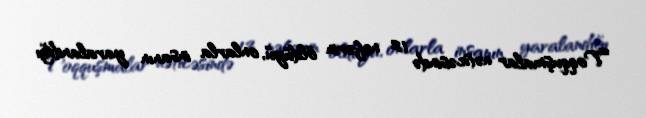
Toqquşmalar nəticəsində 12 nəfərin öldüyü, onlarla insanın yaralandığı